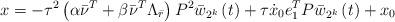
LaTeX: \begin{align*}x=-\tau ^{2}\left( \alpha \bar{\nu}^{T}+\beta \bar{\nu}^{T}\Lambda _{\bar{r}}\right) P^{2}\bar{w}_{2^{k}}\left( t\right) +\tau \dot{x}_{0}e_{1}^{T}P\bar{w}_{2^{k}}\left( t\right) +x_{0} \end{align*}